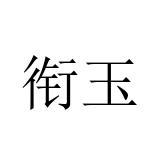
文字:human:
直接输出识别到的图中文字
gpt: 衔玉